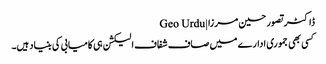
ڈاکٹر تصور حسین مرزا | Geo Urdu
کسی بھی جموری ادارے میں صاف شفاف الیکشن ہی کامیابی کی بنیاد ہیں۔